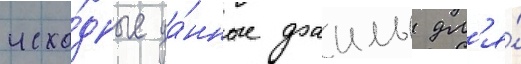
исхо́дные да́нные фаилы дл'я́